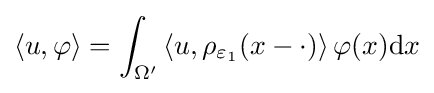
\langle u,\varphi \rangle =\int _{\Omega ^{\prime }}\left\langle u,\rho _{\varepsilon _{1}}(x-\cdot )\right\rangle \varphi (x)\mathrm {d} x